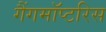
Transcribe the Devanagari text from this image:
गैंगमॉप्टरिस